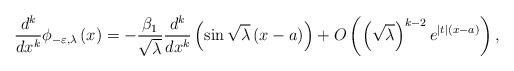
LaTeX: \begin{align*}\dfrac{d^{k}}{dx^{k}}\phi _{-\varepsilon ,\lambda }\left( x\right) =-\frac{\beta _{1}}{\sqrt{\lambda }}\dfrac{d^{k}}{dx^{k}}\left( \sin \sqrt{\lambda }\left( x-a\right) \right) +O\left( \left( \sqrt{\lambda }\right)^{k-2}e^{\left\vert t\right\vert \left( x-a\right) }\right) , \end{align*}